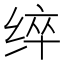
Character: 𮉬